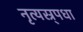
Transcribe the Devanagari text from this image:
नृत्यस्र्पधा